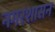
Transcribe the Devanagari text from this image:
नगरशासन